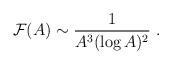
LaTeX: \begin{align*}{\cal F} (A) \sim {1 \over A^3 (\log A)^2} \ .\end{align*}